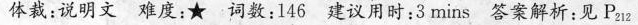
体裁：说明文 难度:★ 词数:146 建议用时：3 mins 答案解析:见 P_{212}